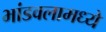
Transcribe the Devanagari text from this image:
भांडवलामध्ये